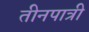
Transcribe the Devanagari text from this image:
तीनपात्री